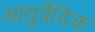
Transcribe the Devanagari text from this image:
आयुर्वॆदिक